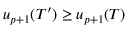
u _ { p + 1 } ( T ^ { \prime } ) \geq u _ { p + 1 } ( T )